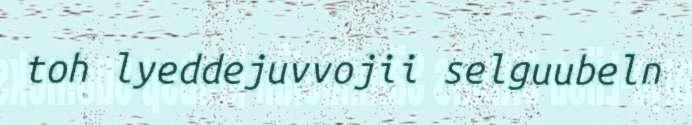
toh lyeddejuvvojii selguubeln